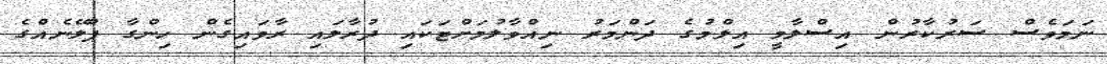
ނަމަވެސް ސަރުކާރުން އިސްލާމީ އިލްމުގެ ދަންމަރު ނިއްވާލުމަށްޓަކައި ދުރާލައި ރާވައިގެން ހިންގާ ޕްލޭނެއްގެ